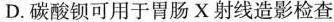
D.碳酸钡可用于胃肠X射线造影检查